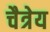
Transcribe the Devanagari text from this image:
चैत्रेय